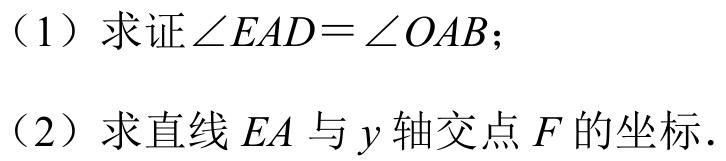
（1）求证\(\angle EAD=\angle OAB\)；
（2）求直线 \(EA\) 与 \(y\) 轴交点 \(F\) 的坐标．